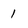
Character: 1